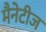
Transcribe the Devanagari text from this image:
मैनेटीज